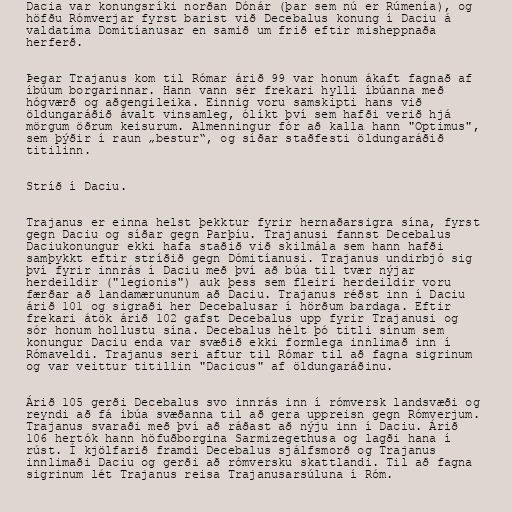
Dacia var konungsríki norðan Dónár (þar sem nú er Rúmenía), og
höfðu Rómverjar fyrst barist við Decebalus konung í Daciu á
valdatíma Domitíanusar en samið um frið eftir misheppnaða
herferð.

Þegar Trajanus kom til Rómar árið 99 var honum ákaft fagnað af
íbúum borgarinnar. Hann vann sér frekari hylli íbúanna með
hógværð og aðgengileika. Einnig voru samskipti hans við
öldungaráðið ávalt vinsamleg, ólíkt því sem hafði verið hjá
mörgum öðrum keisurum. Almenningur fór að kalla hann "Optimus",
sem þýðir í raun „bestur“, og síðar staðfesti öldungaráðið
titilinn.

Stríð í Daciu.

Trajanus er einna helst þekktur fyrir hernaðarsigra sína, fyrst
gegn Daciu og síðar gegn Parþíu. Trajanusi fannst Decebalus
Daciukonungur ekki hafa staðið við skilmála sem hann hafði
samþykkt eftir stríðið gegn Dómitíanusi. Trajanus undirbjó sig
því fyrir innrás í Daciu með því að búa til tvær nýjar
herdeildir ("legionis") auk þess sem fleiri herdeildir voru
færðar að landamærununum að Daciu. Trajanus réðst inn í Daciu
árið 101 og sigraði her Decebalusar í hörðum bardaga. Eftir
frekari átök árið 102 gafst Decebalus upp fyrir Trajanusi og
sór honum hollustu sína. Decebalus hélt þó titli sínum sem
konungur Daciu enda var svæðið ekki formlega innlimað inn í
Rómaveldi. Trajanus seri aftur til Rómar til að fagna sigrinum
og var veittur titillin "Dacicus" af öldungaráðinu.

Árið 105 gerði Decebalus svo innrás inn í rómversk landsvæði og
reyndi að fá íbúa svæðanna til að gera uppreisn gegn Rómverjum.
Trajanus svaraði með því að ráðast að nýju inn í Daciu. Árið
106 hertók hann höfuðborgina Sarmizegethusa og lagði hana í
rúst. Í kjölfarið framdi Decebalus sjálfsmorð og Trajanus
innlimaði Daciu og gerði að rómversku skattlandi. Til að fagna
sigrinum lét Trajanus reisa Trajanusarsúluna í Róm.